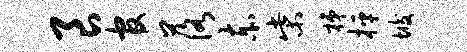
良官落赤柴梯枰垢